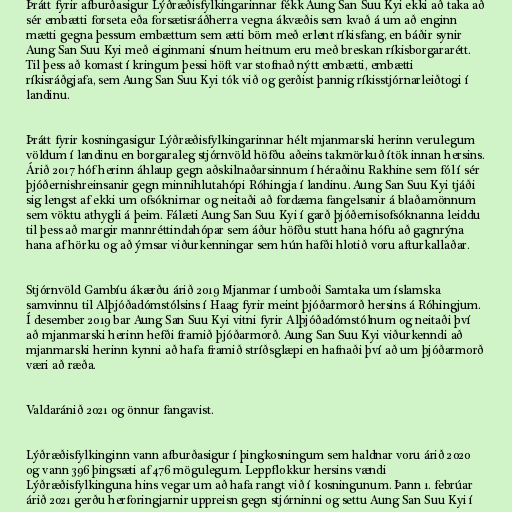
Þrátt fyrir afburðasigur Lýðræðisfylkingarinnar fékk Aung San Suu Kyi ekki að taka að
sér embætti forseta eða forsætisráðherra vegna ákvæðis sem kvað á um að enginn
mætti gegna þessum embættum sem ætti börn með erlent ríkisfang, en báðir synir
Aung San Suu Kyi með eiginmani sínum heitnum eru með breskan ríkisborgararétt.
Til þess að komast í kringum þessi höft var stofnað nýtt embætti, embætti
ríkisráðgjafa, sem Aung San Suu Kyi tók við og gerðist þannig ríkisstjórnarleiðtogi í
landinu.

Þrátt fyrir kosningasigur Lýðræðisfylkingarinnar hélt mjanmarski herinn verulegum
völdum í landinu en borgaraleg stjórnvöld höfðu aðeins takmörkuð ítök innan hersins.
Árið 2017 hóf herinn áhlaup gegn aðskilnaðarsinnum í héraðinu Rakhine sem fól í sér
þjóðernishreinsanir gegn minnihlutahópi Róhingja í landinu. Aung San Suu Kyi tjáði
sig lengst af ekki um ofsóknirnar og neitaði að fordæma fangelsanir á blaðamönnum
sem vöktu athygli á þeim. Fálæti Aung San Suu Kyi í garð þjóðernisofsóknanna leiddu
til þess að margir mannréttindahópar sem áður höfðu stutt hana hófu að gagnrýna
hana af hörku og að ýmsar viðurkenningar sem hún hafði hlotið voru afturkallaðar.

Stjórnvöld Gambíu ákærðu árið 2019 Mjanmar í umboði Samtaka um íslamska
samvinnu til Alþjóðadómstólsins í Haag fyrir meint þjóðarmorð hersins á Róhingjum.
Í desember 2019 bar Aung San Suu Kyi vitni fyrir Alþjóðadómstólnum og neitaði því
að mjanmarski herinn hefði framið þjóðarmorð. Aung San Suu Kyi viðurkenndi að
mjanmarski herinn kynni að hafa framið stríðsglæpi en hafnaði því að um þjóðarmorð
væri að ræða.

Valdaránið 2021 og önnur fangavist.

Lýðræðisfylkinginn vann afburðasigur í þingkosningum sem haldnar voru árið 2020
og vann 396 þing­sæti af 476 mögu­legum. Leppflokkur hersins vændi
Lýðræðisfylkinguna hins vegar um að hafa rangt við í kosningunum. Þann 1. febrúar
árið 2021 gerðu herforingjarnir uppreisn gegn stjórninni og settu Aung San Suu Kyi í